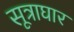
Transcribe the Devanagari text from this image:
सूत्राघार